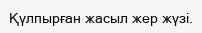
Қүлпырған жасыл жер жүзі.